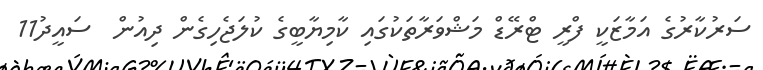
ސަރުކާރުގެ އަމާޒަކީ ފްރީ ޓްރޭޑް މަޝްވަރާތަކުގައި ކާމިޔާބީގެ ކުލަޖެހިގެން ދިއުން  ސައީދު11